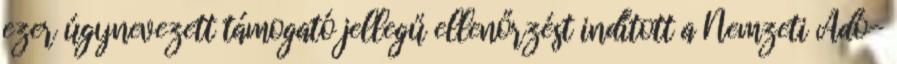
ezer úgynevezett támogató jellegű ellenőrzést indított a Nemzeti Adó-